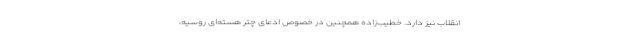
انقلاب نیز دارد. خطیب‌زاده همچنین در خصوص ادعای چتر هسته‌ای روسیه،